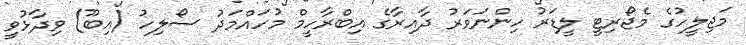
މަޖިލީހުގެ މެޖޯރިޓީ ލީޑަރު ހިންނަވަރު ދާއިރާގެ އިބްރާހީމް މުހައްމަދު ސޯލިހު (އިބޫ) ވިދާޅުވީ